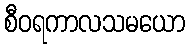
စီဝရကာလသမယော